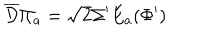
\overline { { { \mathcal D } } } \Pi _ { a } = \sqrt 2 \Sigma ^ { \prime } E _ { a } ( \Phi ^ { \prime } )